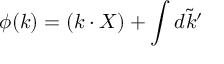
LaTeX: \phi ( k ) = ( k \cdot X ) + \int d \tilde { k } ^ { \prime }